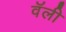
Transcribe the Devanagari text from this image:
वॅली